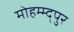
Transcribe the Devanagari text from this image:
मोहम्म्द्पुर